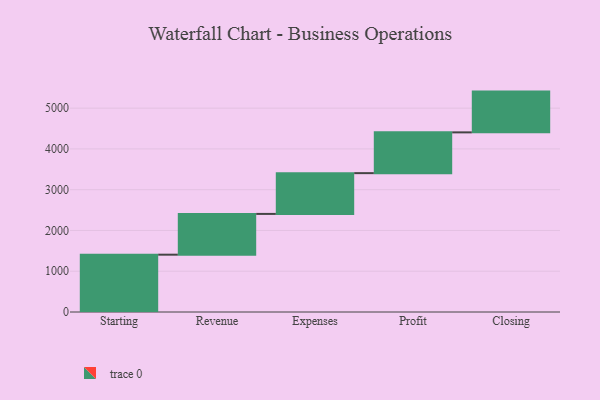
{"axis": {"x": "Step", "y": "Value"}, "legend": [""], "data": [{"x": "Starting", "y": 1406.0, "type": ""}, {"x": "Revenue", "y": 1000, "type": ""}, {"x": "Expenses", "y": 1000, "type": ""}, {"x": "Profit", "y": 1000, "type": ""}, {"x": "Closing", "y": 1000, "type": ""}]}